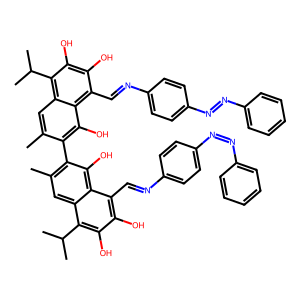
SMILES: Cc1cc2c(C(C)C)c(O)c(O)c(C=Nc3ccc(N=Nc4ccccc4)cc3)c2c(O)c1-c1c(C)cc2c(C(C)C)c(O)c(O)c(C=Nc3ccc(N=Nc4ccccc4)cc3)c2c1O
Inhibits HIV replication: No